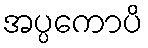
အပ္ပကောပိ